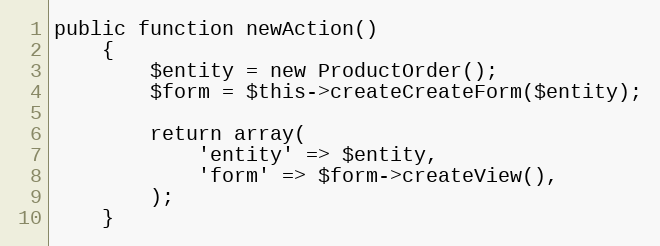
Language: PHP
public function newAction()
    {
        $entity = new ProductOrder();
        $form = $this->createCreateForm($entity);

        return array(
            'entity' => $entity,
            'form' => $form->createView(),
        );
    }